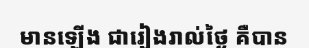
មានឡើង ជារៀងរាល់ថ្ងៃ គឺបាន